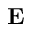
{ \mathbf E }